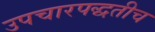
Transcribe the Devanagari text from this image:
उपचारपद्धतीच